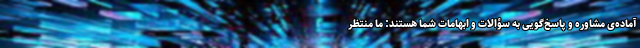
آماده‌ی مشاوره و پاسخ‌گویی به سؤالات و ابهاماتِ شما هستند: ما منتظر